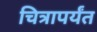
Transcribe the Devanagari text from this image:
चित्रापर्यंत